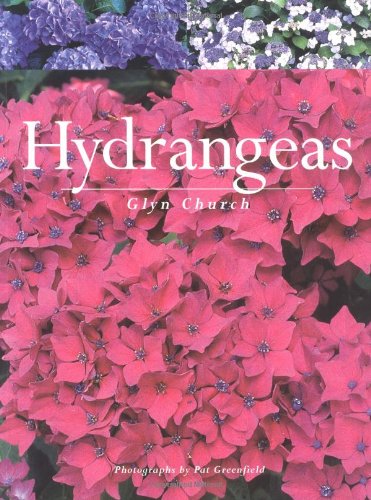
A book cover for Hydrangeas; Glyn Church; Crafts, Hobbies & Home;